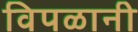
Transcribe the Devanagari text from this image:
विपळानी